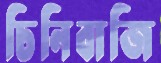
চিনিবাজি